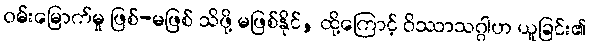
ဝမ်းမြောက်မှု ဖြစ်-မဖြစ် သိဖို့ မဖြစ်နိုင်, ထို့ကြောင့် ဝိဿာသဂ္ဂါဟ ယူခြင်း၏